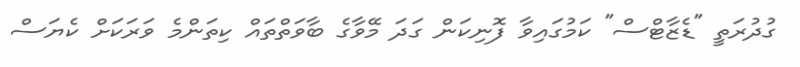
ގުދުރަތީ "ޑެޒާޓްސް" ކަމުގައިވާ ފޮނިކަން ގަދަ މޭވާގެ ބާވަތްތައް ކިތަންމެ ވަރަކަށް ކެޔަސް